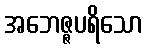
အဘေဇ္ဇပရိသော